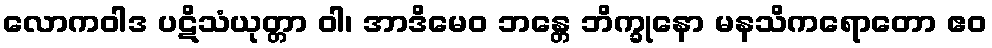
လောကဝါဒ ပဋိသံယုတ္တာ ဝါ၊ အာဒိမေဝ ဘန္တေ ဘိက္ခုနော မနသိကရောတော ဧဝ